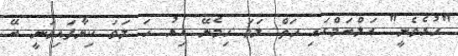
"ހުރެވެނީ" އަލްބަމްގައި ހަތް ލަވަ ހިމެނޭ އިރު ހަ ލަވަ ކިޔާފައިވަނީ ބޭ